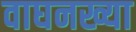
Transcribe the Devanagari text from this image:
वाघनख्या